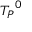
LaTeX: { T _ { P } } ^ { 0 }